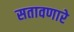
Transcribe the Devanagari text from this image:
सतावणारे